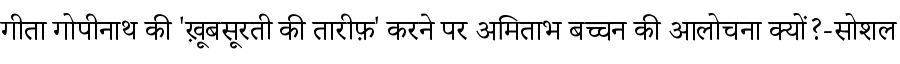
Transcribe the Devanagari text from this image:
गीता गोपीनाथ की 'ख़ूबसूरती की तारीफ़' करने पर अमिताभ बच्चन की आलोचना क्यों?-सोशल